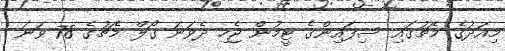
މިއަދުގެ މެޗުގައި ސިފައިންގެ ޓީމުން ޖެހި ދެވަނަ ގޯލް މެޗުގެ 78 ވަނަ